Civil Veterinary Dept. North-West Frontier Province 1901-22 - 1901-1922
Year: 1901
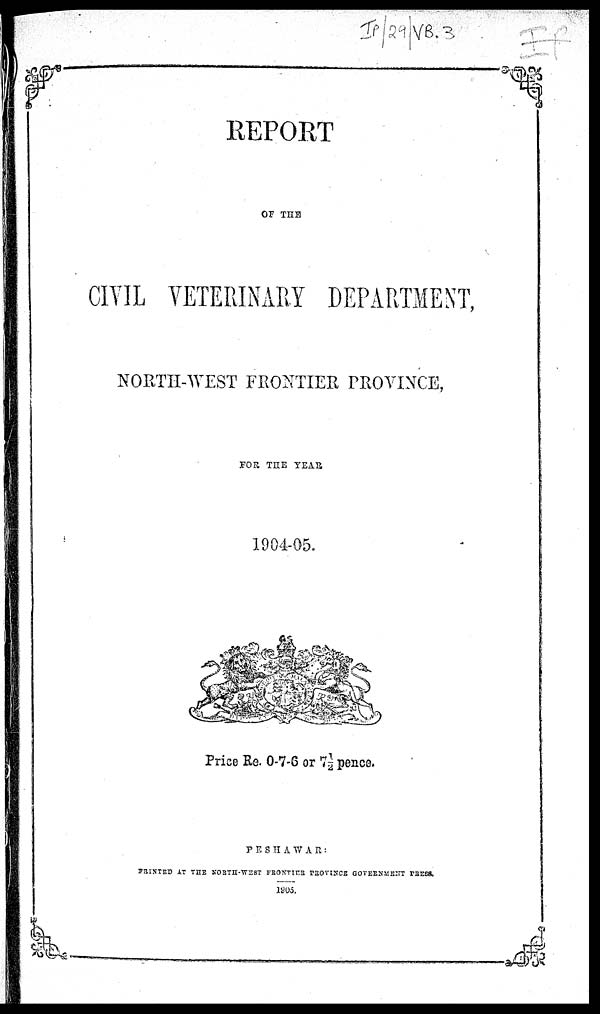
REPORT
OF THE
CIVIL VETERINARY DEPARTMENT,
NORTH-WEST FRONTIER PROVINCE,
FOR THE YEAR
1904-05.
Price Re. 0-7-6 or 7½ pence.
PESHAWAR:
PRINTED AT THE NORTH-WEST FRONTIER PROVINCE GOVERNMENT PRESS.
1905.